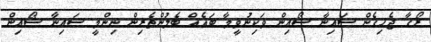
ރޯގާ ޖެހިގެން ސައިނާ ޝޯއިން ވަކިނުވީމާ ބައެއް ބެލުންތެރިން ނިންމީ ސައިނާ ޝޯއިން